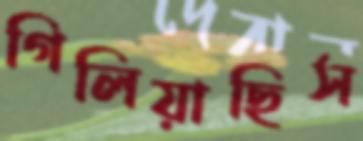
গিলিয়াছিস